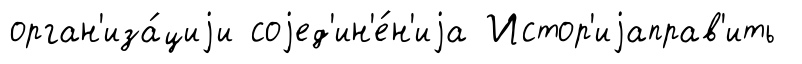
орган'иза́циjи соjед'ин'е́н'иjа Истор'иjаправ'ить